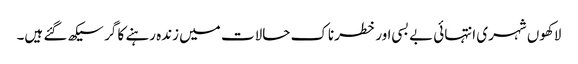
لاکھوں شہری انتہائی بے بسی اور خطرناک حالات میں زندہ رہنے کا گر سیکھ گئے ہیں۔